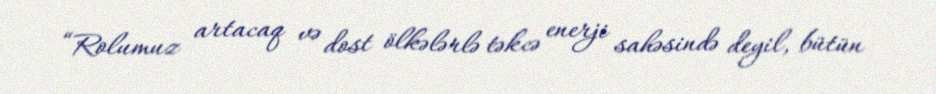
“Rolumuz artacaq və dost ölkələrlə təkcə enerji sahəsində deyil, bütün